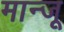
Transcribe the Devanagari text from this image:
मान्जू